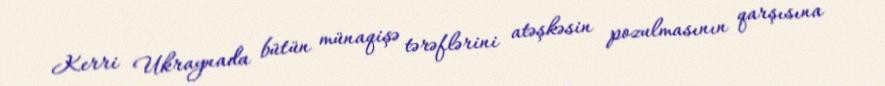
Kerri Ukraynada bütün münaqişə tərəflərini atəşkəsin pozulmasının qarşısına